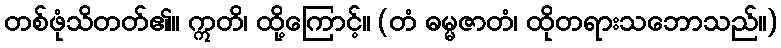
တစ်ဖုံသိတတ်၏။ ဣတိ၊ ထို့ကြောင့်။ (တံ ဓမ္မဇာတံ၊ ထိုတရားသဘောသည်။)